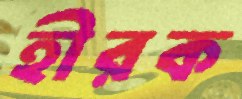
হীরক